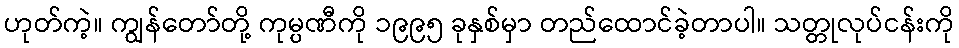
ဟုတ်ကဲ့။ ကျွန်တော်တို့ ကုမ္ပဏီကို ၁၉၉၅ ခုနှစ်မှာ တည်ထောင်ခဲ့တာပါ။ သတ္တုလုပ်ငန်းကို